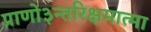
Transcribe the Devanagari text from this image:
प्राणो३न्तरिक्षमात्मा